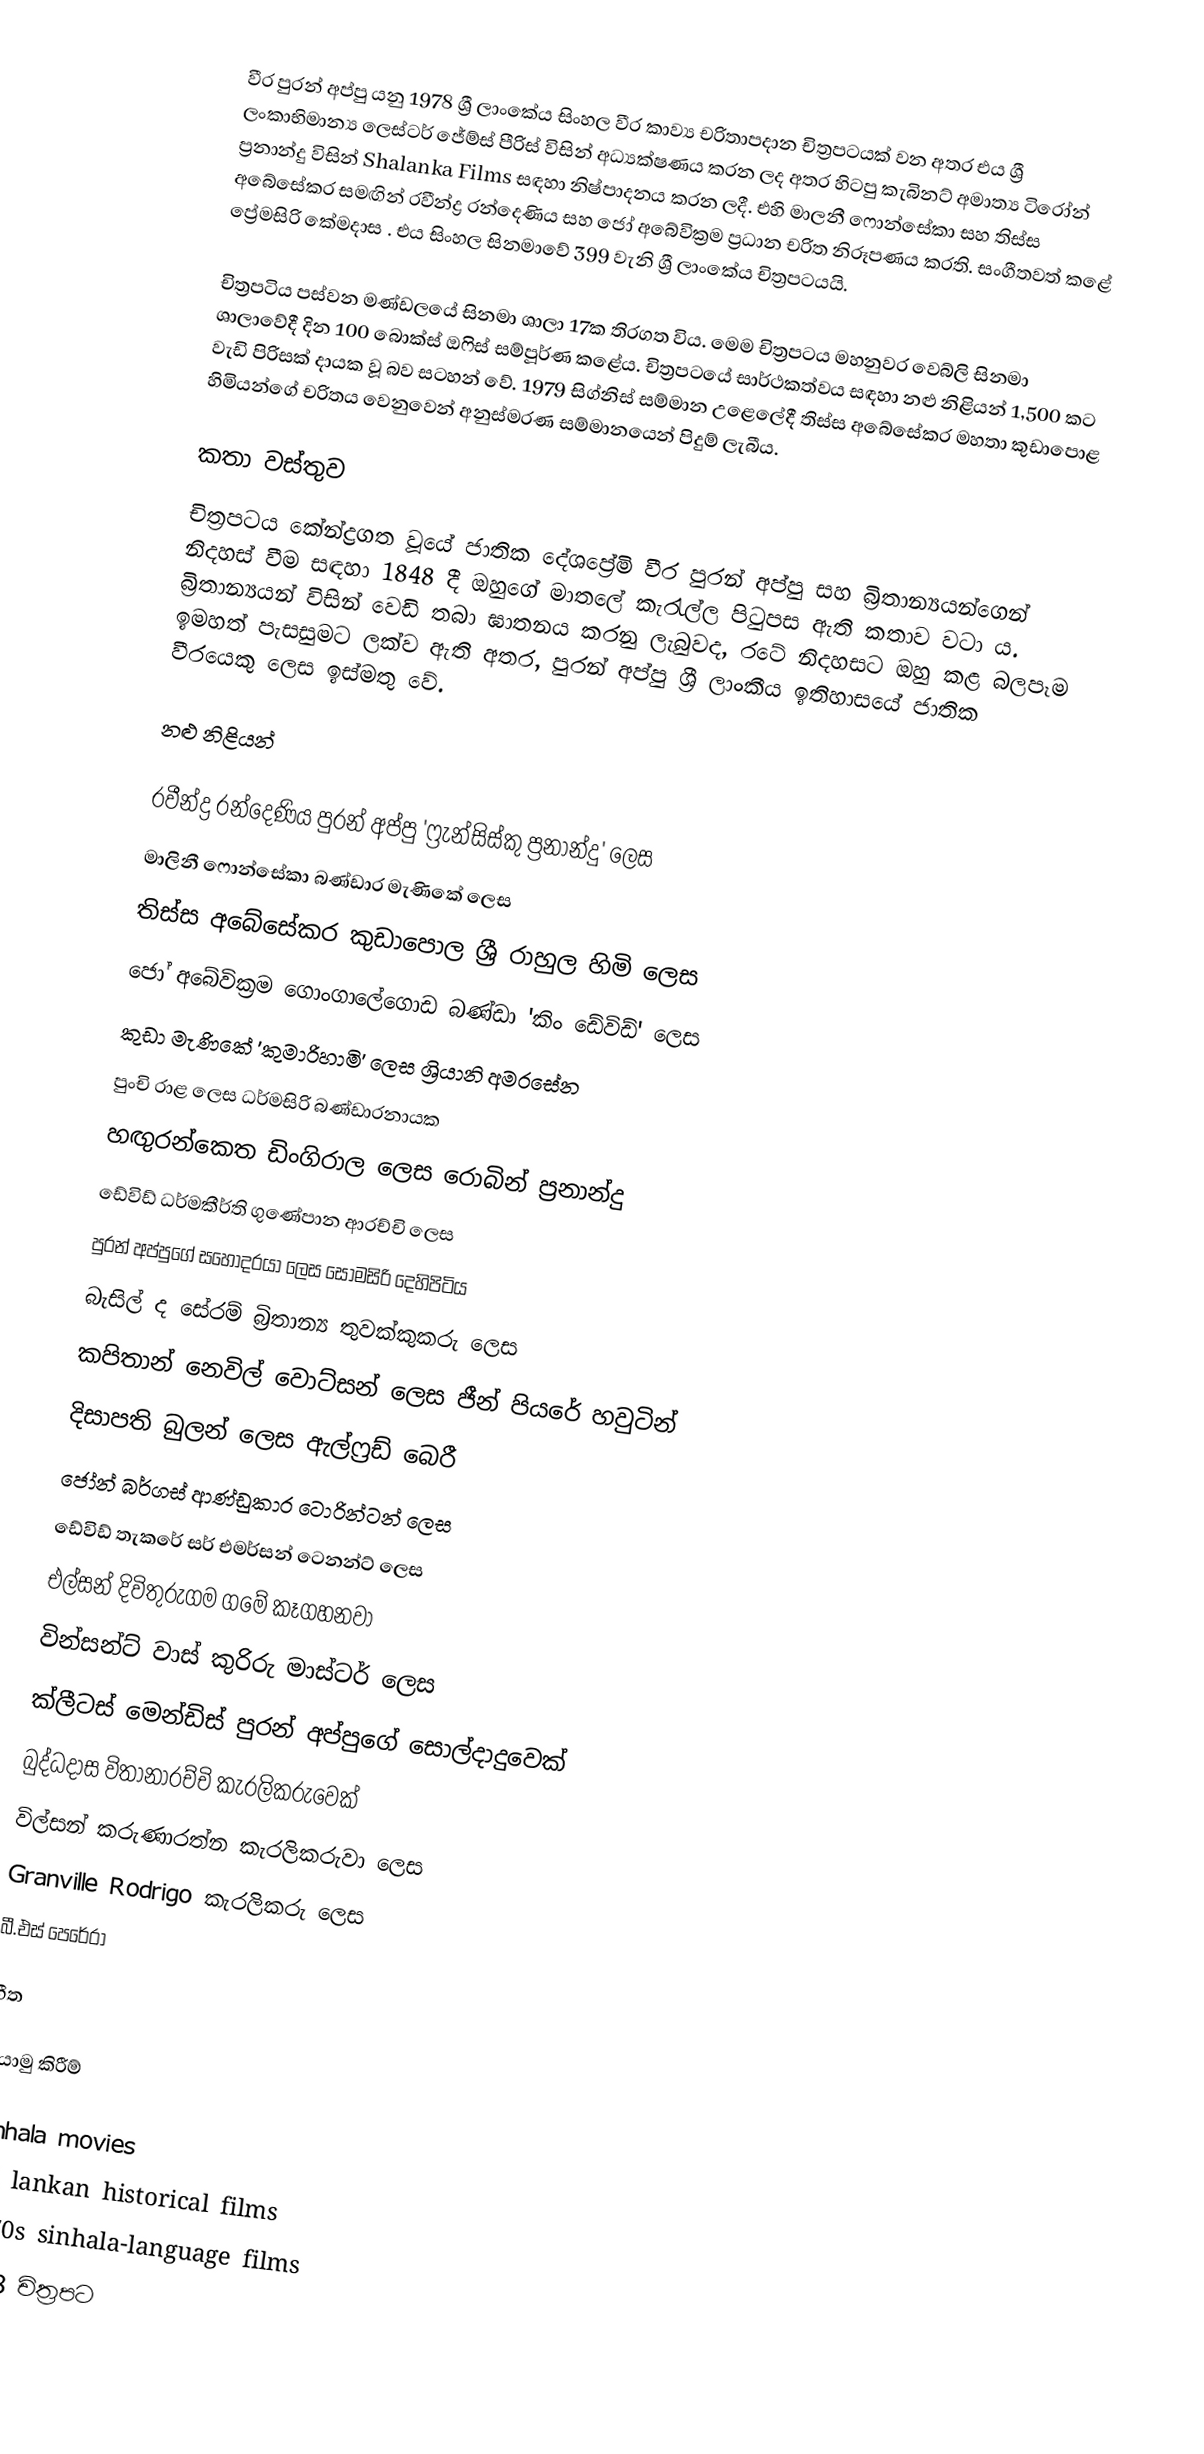
වීර පුරන් අප්පු යනු 1978 ශ්‍රී ලාංකේය සිංහල වීර කාව්‍ය චරිතාපදාන චිත්‍රපටයක් වන අතර එය ශ්‍රී ලංකාභිමාන්‍ය ලෙස්ටර් ජේම්ස් පීරිස් විසින් අධ්‍යක්ෂණය කරන ලද අතර හිටපු කැබිනට් අමාත්‍ය ටිරෝන් ප්‍රනාන්දු විසින් Shalanka Films සඳහා නිෂ්පාදනය කරන ලදී.  එහි මාලනී ෆොන්සේකා සහ තිස්ස අබේසේකර සමඟින් රවීන්ද්‍ර රන්දෙණිය සහ ජෝ අබේවික්‍රම ප්‍රධාන චරිත නිරූපණය කරති. සංගීතවත් කළේ ප්‍රේමසිරි කේමදාස .   එය සිංහල සිනමාවේ 399 වැනි ශ්‍රී ලාංකේය චිත්‍රපටයයි.

චිත්‍රපටිය පස්වන මණ්ඩලයේ සිනමා ශාලා 17ක තිරගත විය. මෙම චිත්‍රපටය මහනුවර වෙබ්ලි සිනමා ශාලාවේදී දින 100 බොක්ස් ඔෆිස් සම්පූර්ණ කළේය. චිත්‍රපටයේ සාර්ථකත්වය සඳහා නළු නිළියන් 1,500 කට වැඩි පිරිසක් දායක වූ බව සටහන් වේ.  1979 සිග්නිස් සම්මාන උළෙලේදී තිස්ස අබේසේකර මහතා කුඩාපොළ හිමියන්ගේ චරිතය වෙනුවෙන් අනුස්මරණ සම්මානයෙන් පිදුම් ලැබීය.

කතා වස්තුව
චිත්‍රපටය කේන්ද්‍රගත වූයේ ජාතික දේශප්‍රේමි වීර පුරන් අප්පු සහ බ්‍රිතාන්‍යයන්ගෙන් නිදහස් වීම සඳහා 1848 දී ඔහුගේ මාතලේ කැරැල්ල පිටුපස ඇති කතාව වටා ය. බ්‍රිතාන්‍යයන් විසින් වෙඩි තබා ඝාතනය කරනු ලැබුවද, රටේ නිදහසට ඔහු කළ බලපෑම ඉමහත් පැසසුමට ලක්ව ඇති අතර, පුරන් අප්පු ශ්‍රී ලාංකීය ඉතිහාසයේ ජාතික වීරයෙකු ලෙස ඉස්මතු වේ.

නළු නිළියන්

 රවීන්ද්‍ර රන්දෙණිය පුරන් අප්පු 'ෆ්‍රැන්සිස්කු ප්‍රනාන්දු' ලෙස
 මාලිනී ෆොන්සේකා බණ්ඩාර මැණිකේ ලෙස
 තිස්ස අබේසේකර කුඩාපොල ශ්‍රී රාහුල හිමි ලෙස
 ජෝ අබේවික්‍රම ගොංගාලේගොඩ බණ්ඩා 'කිං ඩේවිඩ්' ලෙස
 කුඩා මැණිකේ 'කුමාරිහාමි' ලෙස ශ්‍රියානි අමරසේන
 පුංචි රාළ ලෙස ධර්මසිරි බණ්ඩාරනායක
 හඟුරන්කෙත ඩිංගිරාල ලෙස රොබින් ප්‍රනාන්දු
 ඩේවිඩ් ධර්මකීර්ති ගුණේපාන ආරච්චි ලෙස
 පුරන් අප්පුගේ සහෝදරයා ලෙස සෝමසිරි දෙහිපිටිය
 බැසිල් ද සේරම් බ්‍රිතාන්‍ය තුවක්කුකරු ලෙස
 කපිතාන් නෙවිල් වොට්සන් ලෙස ජීන් පියරේ හවුටින්
 දිසාපති බුලන් ලෙස ඇල්ෆ්‍රඩ් බෙරී
 ජෝන් බර්ගස් ආණ්ඩුකාර ටොරින්ටන් ලෙස
 ඩේවිඩ් තැකරේ සර් එමර්සන් ටෙනන්ට් ලෙස
 එල්සන් දිවිතුරුගම ගමේ කෑගහනවා
 වින්සන්ට් වාස් කුරිරු මාස්ටර් ලෙස
 ක්ලීටස් මෙන්ඩිස් පුරන් අප්පුගේ සොල්දාදුවෙක්
 බුද්ධදාස විතානාරච්චි කැරලිකරුවෙක්
 විල්සන් කරුණාරත්න කැරලිකරුවා ලෙස
 Granville Rodrigo කැරලිකරු ලෙස
 බී.එස් පෙරේරා

ගීත

යොමු කිරීම්

Sinhala movies
Sri lankan historical films
1970s sinhala-language films
1978 චිත්‍රපට